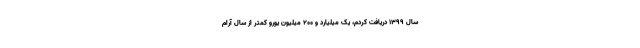
سال ۱۳۹۹ دریافت کردم، یک میلیارد و ۲۰۰ میلیون یورو کمتر از سال آرام